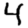
Digit: 4